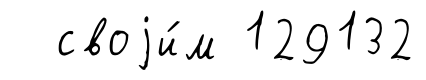
своjи́м 129132